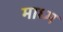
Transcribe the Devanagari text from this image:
माध्म